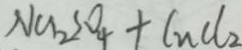
N a _ { 2 } S O _ { 4 } + C n C l _ { 2 }